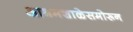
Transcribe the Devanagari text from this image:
आश्रमशाळेसमोरून